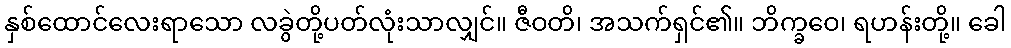
နှစ်ထောင်လေးရာသော လခွဲတို့ပတ်လုံးသာလျှင်။ ဇီဝတိ၊ အသက်ရှင်၏။ ဘိက္ခဝေ၊ ရဟန်းတို့။ ခေါ